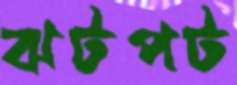
ঝটপট